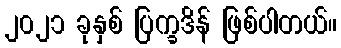
၂၀၂၁ ခုနှစ် ပြက္ခဒိန် ဖြစ်ပါတယ်။